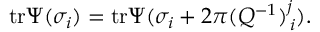
\mathrm { t r } \Psi ( \sigma _ { i } ) = \mathrm { t r } \Psi ( \sigma _ { i } + 2 \pi ( Q ^ { - 1 } ) _ { \, i } ^ { j } ) .